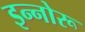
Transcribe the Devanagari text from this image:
इन्नोरू